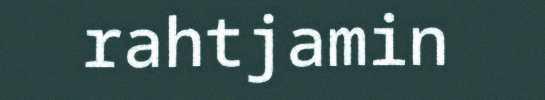
rahtjamin